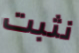
نثبت